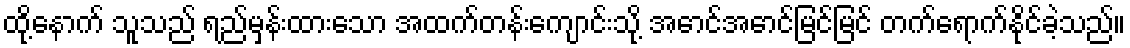
ထို့နောက် သူသည် ရည်မှန်းထားသော အထက်တန်းကျောင်းသို့ အောင်အောင်မြင်မြင် တက်ရောက်နိုင်ခဲ့သည်။